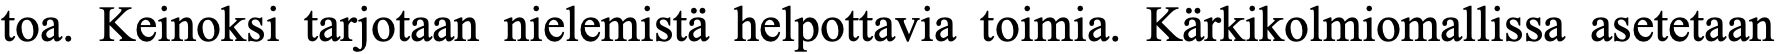
toa. Keinoksi tarjotaan nielemistä helpottavia toimia. Kärkikolmiomallissa asetetaan